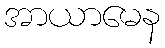
အာယာမေန